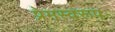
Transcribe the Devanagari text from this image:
प्रेमस्वरूप